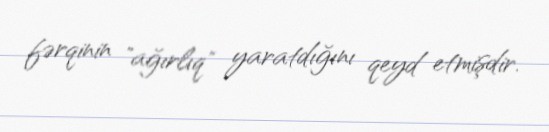
fərqinin "ağırlıq" yaratdığını qeyd etmişdir.